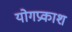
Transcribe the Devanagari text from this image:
योगप्रकाश